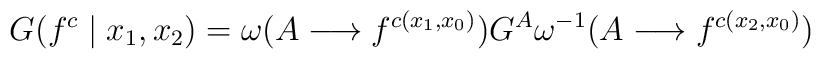
G(f^{c} \mid x_{1}, x_{2}) = \omega(A \longrightarrow f^{c(x_{1},x_{0})}) G^{A} \omega^{-1}(A \longrightarrow f^{c(x_{2}, x_{0})})